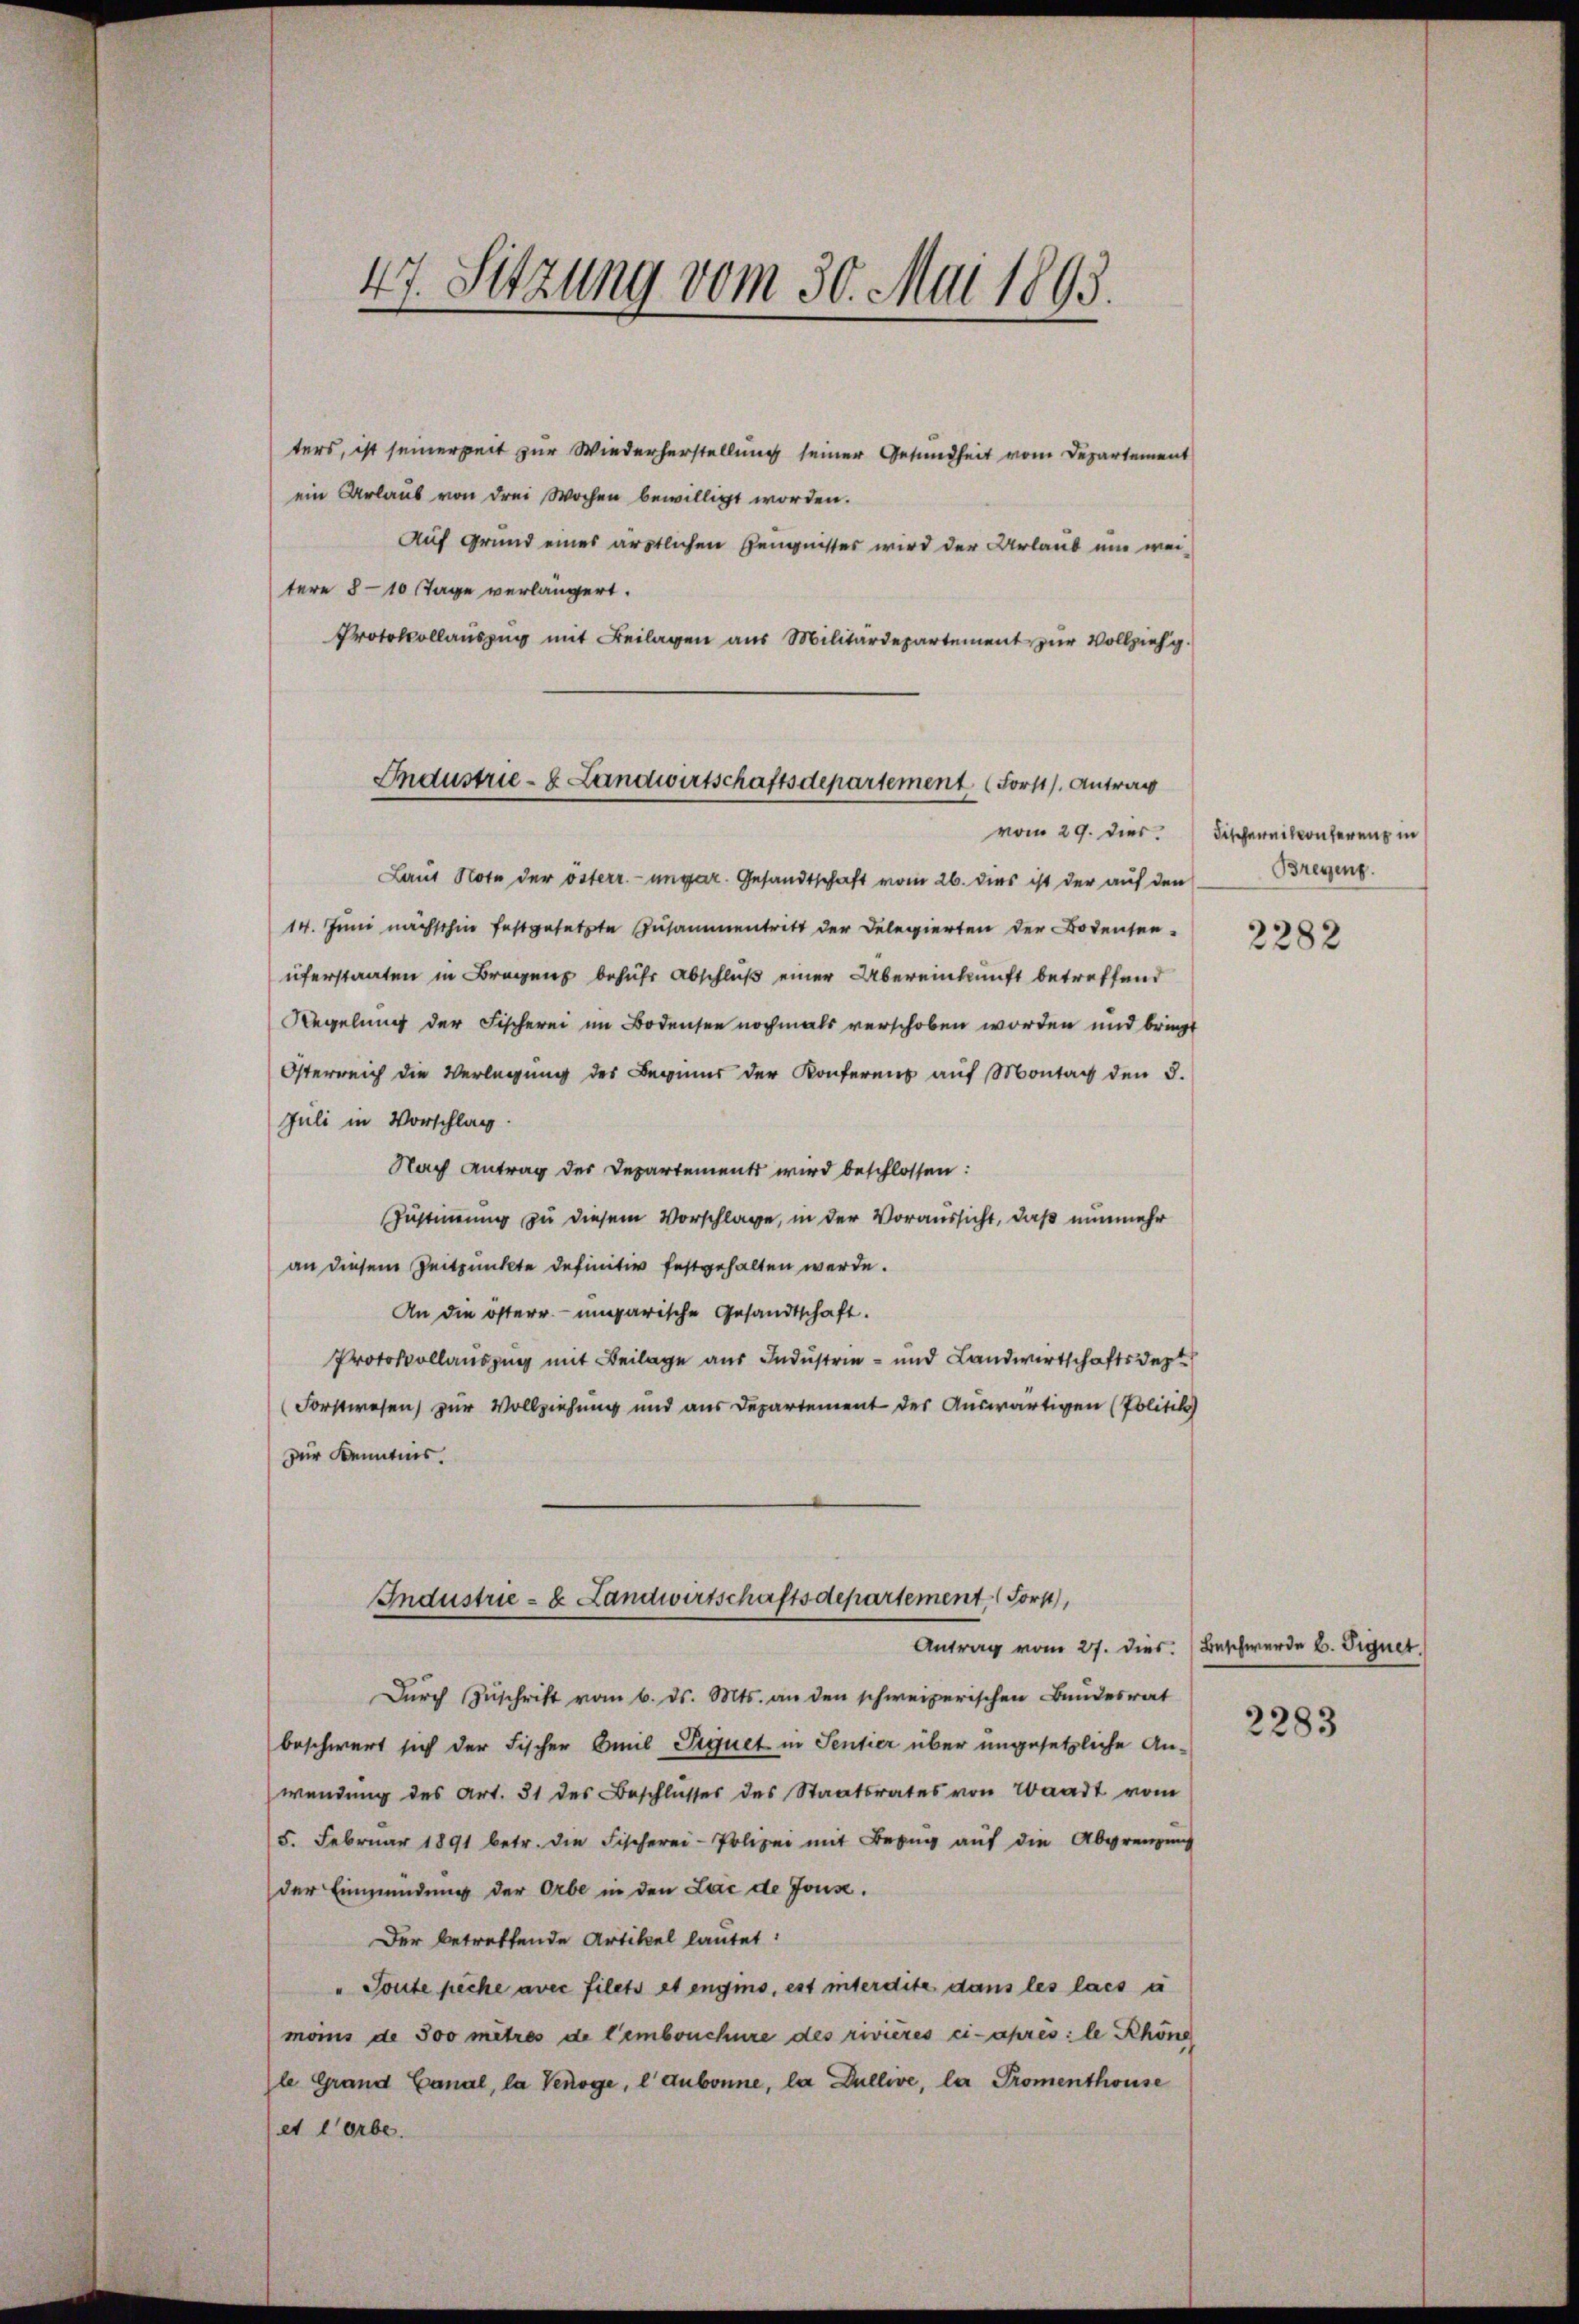
47. Sitzung vom 30. Mai 1893.

ters, ist seinerzeit zur Wiederherstellung seiner Gesundheit vom Departement
ein Urlaub von drei Wochen bewilligt worden.
Auf Grund eines ärztlichen Zeugnisses wird der Urlaub und weitere 8-10 Tage verlängert.
Protokollauszug mit Beilagen aus Militärdepartement zur Vollziehg.

Industrie- & Landwirtschaftsdepartement Forst. Antrag
vom 29. Dies

Laut Note der österr.-ungar. Gesandtschaft vom 26. dies ist der auf den
14. Juni nachschin festgesetzte Zusammentritt der Delegierten der Bodensenüferstaaten in Bregens behufs Abschluß einer Übereinkunft betreffend
Regelung der Fischerei im Bodensee nochmals verschoben worden und bringt
Österreich die Verlegung des Beginns der Konferens auf Montag den 3.
Juli in Vorschlag.
Nach Antrag der Departements wird beschlossen:
Justimmung zu diesem Vorschlage, in der Voraussicht, daß nunmehr
an diesem Zeitpunkte definitiv festgehalten werde.
An die österr. ungarische Gesandtschaft.
Protokollauszug mit Beilage aus Industrie- und Landwirtschaftsdep
Forstwesen zur Vollziehung und aus Departement des Auswärtigen (Politik
zur Kenntnis.
Industrie- & Landwirtschaftsdepartement (Forp,
Antrag vom 27. dies. Beschwerde b. Signet.
Durch Zuschrift vom 6. ds. Mts. an den schweizerischen Bundesrat
beschwert sich der Fischer Emil Sequet in Sentier über ungesetzliche Anwendung des Art. 31 des Beschlusses des Staatsrates von Waadt vom
5. Februar 1891 betr. die Fischerei-Polizei mit Bezug auf die Abgrenzung
der Einmündung der Orbe in den Lac de Jouse.
Der betreffende Artikel lautet:
"Toute peche avec filets et engins, est interdite dans les lass u
moins de 300 mitres de rembouchüre des rivières ci-apres: le Khöne
le Grand Canal, la Venöge, l’Aubonne, la Dullive, la Promenthouse
et Lorbe

Fischereitonferenz in
Bregung.

2282

2283